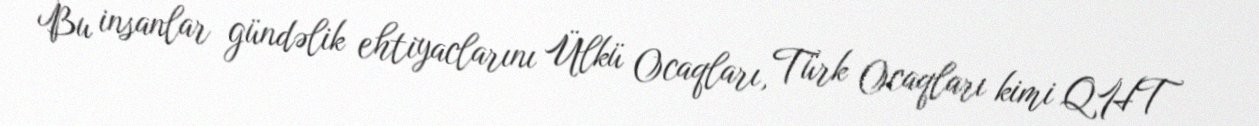
Bu insanlar gündəlik ehtiyaclarını Ülkü Ocaqları, Türk Ocaqları kimi QHT